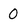
Character: 0